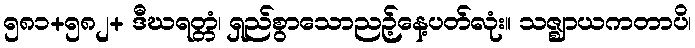
၅၈၁+၅၈၂+ ဒီဃရတ္တံ၊ ရှည်စွာသောညဉ့်နေ့ပတ်လုံး။ သဇ္ဈာယကတာပိ၊